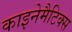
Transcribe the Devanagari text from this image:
काइनेमैटिक्स